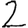
Digit: 2